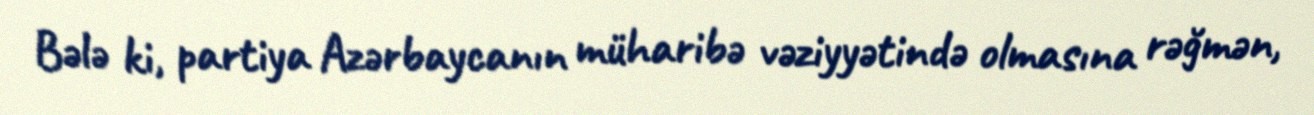
Bələ ki, partiya Azərbaycanın müharibə vəziyyətində olmasına rəğmən,